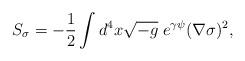
LaTeX: \begin{align*}S_\sigma=-\frac{1}{2}\int d^4 x\sqrt{-g}\;e^{\gamma\psi}(\nabla\sigma)^2,\end{align*}